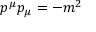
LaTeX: p ^ { \mu } p _ { \mu } = - m ^ { 2 }